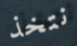
نتخذ